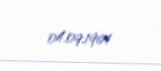
04.09.1964